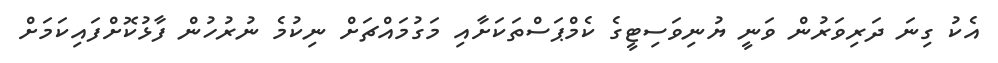
އެކު ގިނަ ދަރިވަރުން ވަނީ ޔުނިވަސިޓީގެ ކެމްޕަސްތަކަށާއި މަގުމައްޗަށް ނިކުމެ ނުރުހުން ފާޅުކޮށްފައިކަމަށް